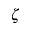
\zeta